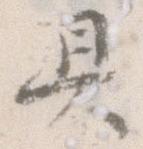
具